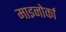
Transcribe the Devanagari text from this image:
माइनोर्का